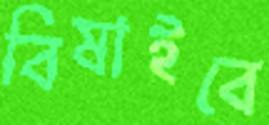
বিষাইবে